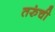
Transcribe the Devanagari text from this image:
तरुंची